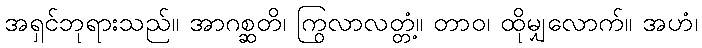
အရှင်ဘုရားသည်။ အာဂစ္ဆတိ၊ ကြွလာလတ္တံ့။ တာဝ၊ ထိုမျှလောက်။ အဟံ၊